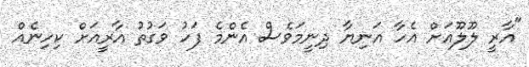
"އާރީ ލޫލޫއަށް އެހާ އަނިޔާ ދިނީމަވެސް އެންމެ ފަހު ވަގުތު އާރީއަށް ކިހިނެއް